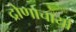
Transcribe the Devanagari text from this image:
द्रोणाचार्या